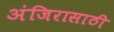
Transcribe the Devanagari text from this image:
अंजिरासाठी